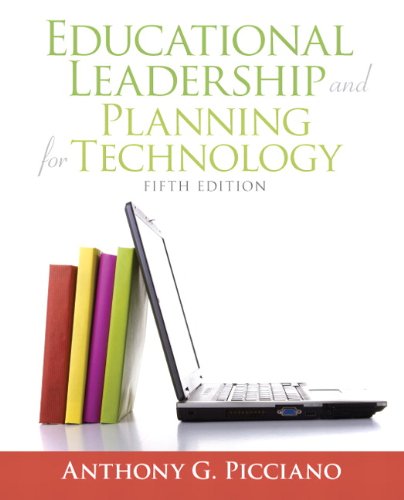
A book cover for Educational Leadership and Planning for Technology (5th Edition); Anthony G. Picciano; Education & Teaching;